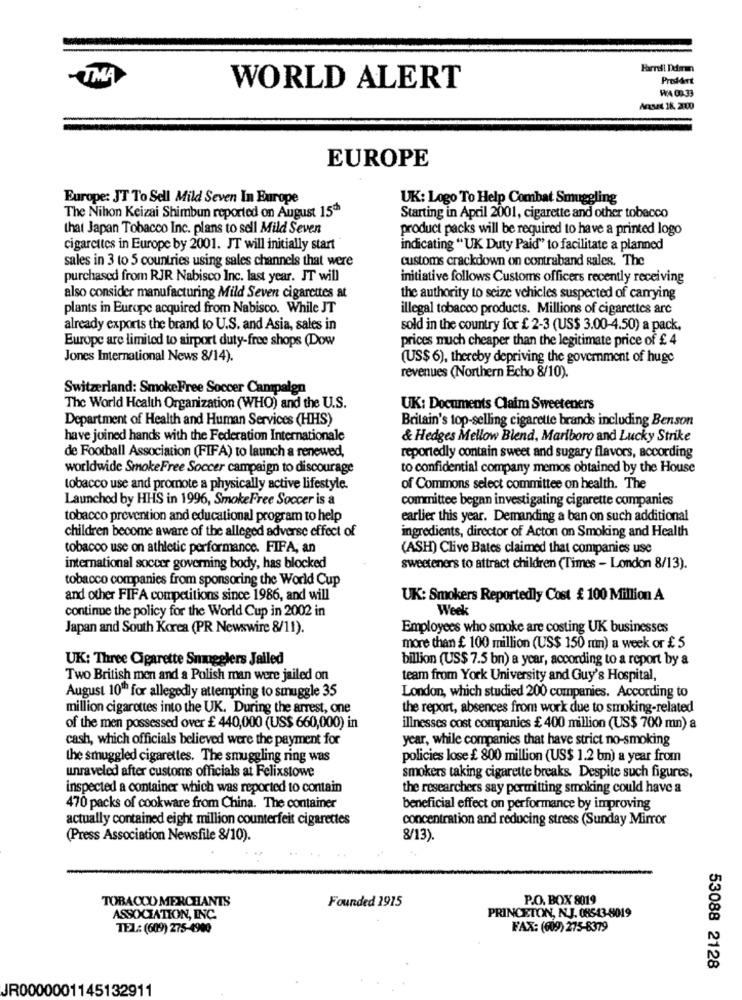
Farrell Ddmm
-TMA
PresAnt
WORLD ALERT
WA 09-33
Anses 18, 2000
EUROPE
Europe: JT To Sell Mild Seven In Europe
UK: Logo To Help Combat Smuggling
The Nihon Keizai Shimbun reported on August 15
Starting in April 2001, cigarette and other tobacco
that Japan Tobacco Inc. plans to sell Mild Seven
product packs will be required to have a printed logo
cigarettes in Europe by 2001. JT will initially start
indicating "UK Duty Paid" to facilitate a planned
sales in 3 to 5 countries using sales channels that were
customs crackdown on contraband sales. The
purchased from RJR Nabisco Inc. last year. IT will
initiative follows Customs officers recently receiving
also consider manufacturing Mild Seven cigarettes at
the authority to seize vehicles suspected of carrying
plants in Europe acquired from Nabisco. While JT
illegal tobacco products. Millions of cigarettes arc
already exports the brand to U.S. and Asia, sales in
sold in the country for £ 2-3 (US$ 3.00-4.50) a pack,
Europe are limited to airport duty-free shops (Dow
prices much cheaper than the legitimate price of £ 4
Jones International News 8/14).
(US$ 6), thereby depriving the government of huge
revenues (Northern Echo 8/10).
Switzerland: SmokeFree Soccer Campalgn
The World Health Organization (WHO) and the U.S.
UK: Documents Claim Sweeteners
Department of Health and Human Services (HHS)
Britain's top-selling cigarette brands including Benson
have joined hands with the Federation Internationale
& Hedges Mellow Blend, Marlboro and Lucky Strike
de Football Association (FIFA) to launch a renewed,
reportedly contain sweet and sugary flavors, according
worldwide SmokeFree Soccer campaign to discourage
to confidential company memos obtained by the House
tobacco use and promote a physically active lifestyle.
of Commons select committee on health. The
Launched by HHS in 1996, SmokeFree Soccer is a
committee began investigating cigarette companies
tobacco prevention and educational program to help
earlier this year. Demanding a ban on such additional
children become aware of the alleged adverse effect of
ingredients, director of Acton on Smoking and Health
tobacco use on athletic performance. FIFA, an
(ASH) Clive Bates claimed that companies use
international soccer governing body, has blocked
sweeteners to attract children (Times - London 8/13).
tobacco companies from sponsoring the World Cup
and other FIFA competitions since 1986, and will
UK: Smokers Reportedly Cost £ 100 Million A
continue the policy for the World Cup in 2002 in
Week
Japan and South Korea (PR Newswire 8/11).
Employees who smoke are costing UK businesses
more than £ 100 million (US$ 150 mm) a week or £ 5
UK: Three Cigarette Smugglers Jailed
billion (US$ 7.5 bn) a year, according to a report by a
Two British men and a Polish man were jailed on
team from York University and Guy's Hospital,
August 10Th for allegedly attempting to smuggle 35
London, which studied 200 companies. According to
million cigarettes into the UK. During the arrest, one
the report, absences from work due to smoking-related
of the men possessed over £ 440,000 (US$ 660,000) in
illnesses cost companies £ 400 million (US$ 700 mn) a
cash, which officials believed were the payment for
year, while companies that have strict no-smoking
the smuggled cigarettes. The smuggling ring was
policies lose £ 800 million (US$ 1.2 bn) a year from
unraveled after customs officials at Felixstowe
smokers taking cigarette breaks. Despite such figures,
inspected a container which was reported to contain
the researchers say permitting smoking could have a
470 packs of cookware from China. The container
beneficial effect on performance by improving
actually contained eight million counterfeit cigarettes
concentration and reducing stress (Sunday Mirror
(Press Association Newsfile 8/10).
8/13).
TOBACCO MERCHANTS
Founded 1915
P.O. BOX 8019
ASSOCIATION, INC.
PRINCETON, N.J. 08543-8019
TEL: (609) 275-4900
FAX: (609) 275-8379
53088 2128
JR0000001145132911